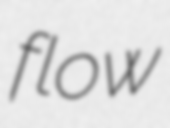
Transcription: flow